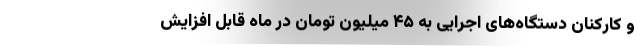
و کارکنان دستگاه‌های اجرایی به ۴۵ میلیون تومان در ماه قابل افزایش